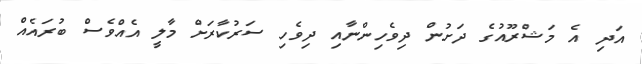
އަދި އެ މަޝްރޫއުގެ ދަށުން ދިވެހިންނާއި ދިވެހި ސަރުކާރަށް މާލީ އެއްވެސް ބުރައެއް